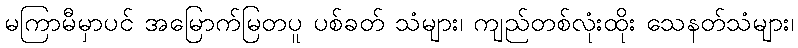
မကြာမီမှာပင် အမြောက်မြတပူ ပစ်ခတ် သံများ၊ ကျည်တစ်လုံးထိုး သေနတ်သံများ၊